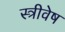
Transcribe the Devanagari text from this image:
स्त्रीवेष